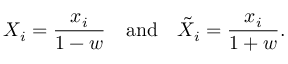
X _ { i } = \frac { x _ { i } } { 1 - w } \mathrm { ~ ~ ~ a n d ~ ~ ~ } { \tilde { X } } _ { i } = \frac { x _ { i } } { 1 + w } .